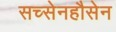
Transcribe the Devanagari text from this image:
सच्सेनहौसेन